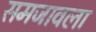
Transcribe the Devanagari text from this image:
समजावला